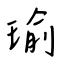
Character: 瑜